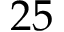
2 5